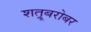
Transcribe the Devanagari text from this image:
शत्रूबरोबर